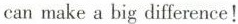
can make a big difference!